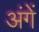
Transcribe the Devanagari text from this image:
अंगें